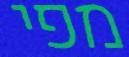
מפי